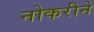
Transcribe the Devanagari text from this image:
नोकरीने